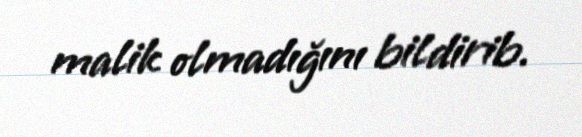
malik olmadığını bildirib.